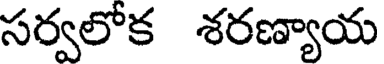
సర్వలోక శరణ్యాయ